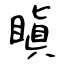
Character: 瞋